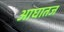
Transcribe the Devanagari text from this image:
आघातज